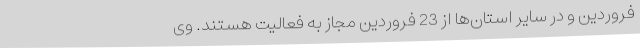
فروردین و در سایر استان‌ها از 23 فروردین مجاز به فعالیت هستند. وی